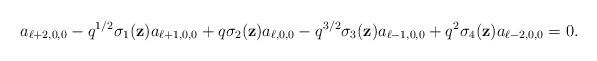
LaTeX: \begin{align*}a_{\ell+2,0,0}-{q}^{1/2}\sigma_1(\textbf{z})a_{\ell+1,0,0}+q\sigma_2(\textbf{z})a_{\ell,0,0}-q^{3/2}\sigma_3(\textbf{z})a_{\ell-1,0,0}+q^2\sigma_4(\textbf{z})a_{\ell-2,0,0}=0.\end{align*}